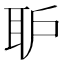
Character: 𱻸